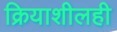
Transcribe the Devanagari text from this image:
क्रियाशीलही